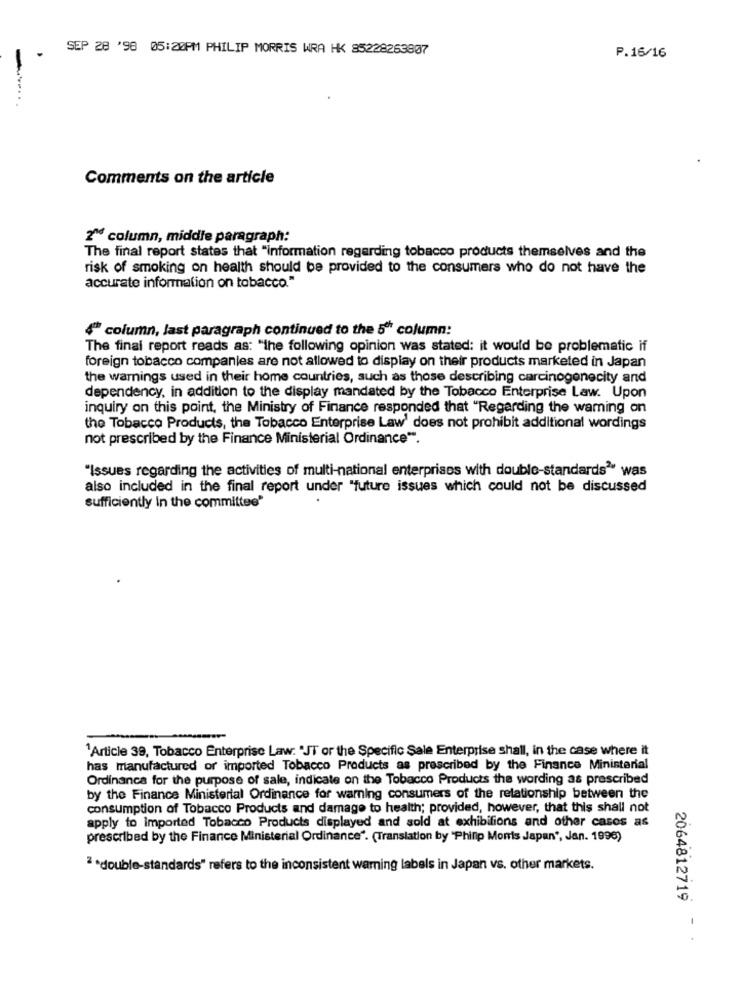
SEP 28 '98 05:20PM PHILIP MORRIS WRA HK 85228263807
P.16/16
Comments on the article
2Md column, middle paragraph:
The final report states that "information regarding tobacco products themselves and the
risk of smoking on health should be provided to the consumers who do not have the
accurate information on tobacco."
4" column, last paragraph continued to the 5" column:
The final report reads as: "the following opinion was stated: it would be problematic if
foreign tobacco companies are not allowed to display on their products marketed in Japan
the warnings used in their home countries, such as those describing carcinogonecity and
dependency, in addition to the display mandated by the Tobacco Enterprise Law. Upon
inquiry on this point, the Ministry of Finance responded that "Regarding the warning on
the Tobacco Products, the Tobacco Enterprise Law' does not prohibit additional wordings
not prescribed by the Finance Ministerial Ordinance".
"Issues regarding the activities of multi-national enterprises with double-standards" was
also included in the final report under "future issues which could not be discussed
sufficiently in the committee'
"Article 39, Tobacco Enterprise Law: "JT or the Specific Sale Enterprise shall, in the case where it
has manufactured or imported Tobacco Products as prescribed by the Finance Ministerial
Ordinanca for the purpose of sale, indicate on the Tobacco Products the wording as prescribed
by the Finance Ministerial Ordinance for warning consumers of the relationship between the
consumption of Tobacco Products and damage to health; provided, however, that this shall not
apply to imported Tobacco Products displayed and sold at exhibitions and other casos as
prescribed by the Finance Ministerial Ordinance". (Translation by "Philip Morris Japan", Jan. 1996)
2 .double-standards" refers to the inconsistent warning labels in Japan vs. other markets.
2064812719 - ·